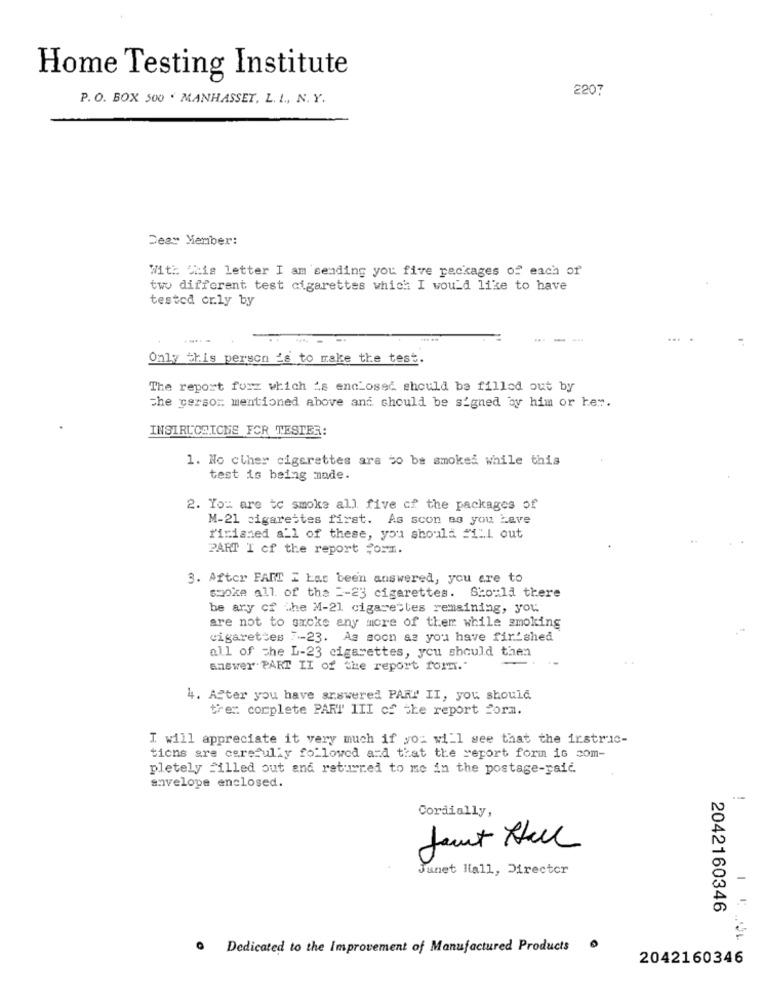
Home Testing Institute
2207
P. O. BOX 500 . MANHASSET, L. L ., N. Y.
Deay Member:
With his letter I am sending you five packages of each of
two different test cigarettes which I would like to have
tested cr.ly by
...
Only this person is to make the test.
The report forz which is enclosed should be filled out by
the person mentioned above and should be signed by him or her.
INSTRUOBICME FOR TESTER:
1. No cther cigarettes ara to be smoked while this
test is being made.
2. You are to smoke all five of the packages of
M-21 cigarettes first. As scon as you have
firisned all of these, you should #111 out
PART I cf the report form.
3. After FAIT I Las been answered, you are to
smoke all of the =- 23 cigarettes. Sto:la there
be ary of the M-21 cigarettes remaining, you
are not to smoke any more of them while smoking
cigarettes 7 -- 23. As soon as you have fir shed
all of the L-23 cigarettes, you should then
answer PART II of the report form."
4. After you have srswered PART II, you should
trer complete PART III of the report Porm.
I will appreciate it very much if you will see that the irstruc-
tions are carefully followed and that the report form is com-
pletely filled out and returned to me in the postage-raic.
envelope enclosed.
Cordially,
Jant Hall
Junet Hall, Director
2042160346
· Dedicated to the Improvement of Manufactured Products
2042160346